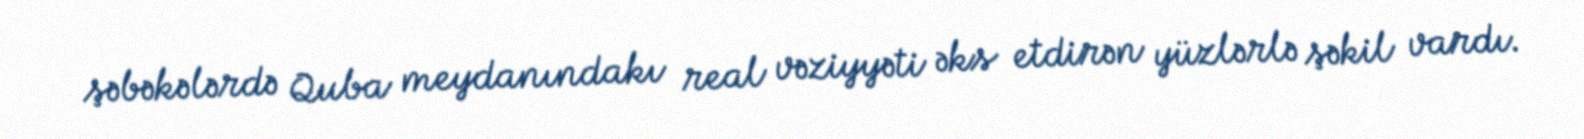
şəbəkələrdə Quba meydanındakı real vəziyyəti əks etdirən yüzlərlə şəkil vardı.